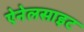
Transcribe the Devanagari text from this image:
ऐनेलसाइट